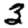
Digit: 3